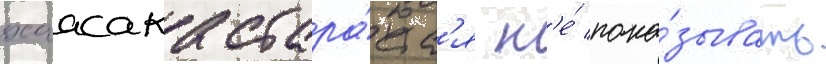
хаасака стара́етс'я н'е́ пока́зывать